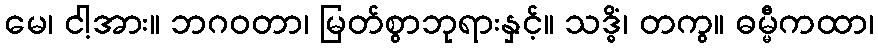
မေ၊ ငါ့အား။ ဘဂဝတာ၊ မြတ်စွာဘုရားနှင့်။ သဒ္ဓိံ၊ တကွ။ ဓမ္မီကထာ၊